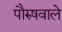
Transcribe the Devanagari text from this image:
पौरुषवाले